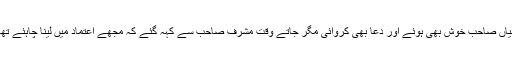
میاں صاحب خوش بھی ہوئے اور دعا بھی کروائی مگر جاتے وقت مشرف صاحب سے کہہ گئے کہ مجھے اعتماد میں لینا چاہئے تھا۔